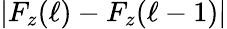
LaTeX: |F_{z}(\ell)-F_{z}(\ell-1)|